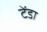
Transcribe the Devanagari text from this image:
टेंडा